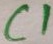
Text: C1